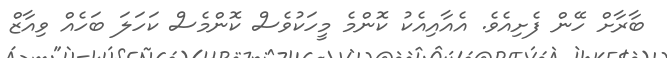
ބާރާށް ހޭން ފެށިއެވެ. އެއާއިއެކު ކޮންމެ މީހަކުވެސް ކޮންމެެސް ކަހަލަ ބަހެއް ވިއާޒްް